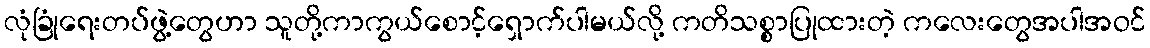
လုံခြုံရေးတပ်ဖွဲ့တွေဟာ သူတို့ကာကွယ်စောင့်ရှောက်ပါမယ်လို့ ကတိသစ္စာပြုထားတဲ့ ကလေးတွေအပါအဝင်